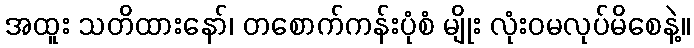
အထူး သတိထားနော်၊ တစောက်ကန်းပုံစံ မျိုး လုံးဝမလုပ်မိစေနဲ့။